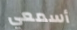
أسمعي